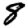
Digit: 8